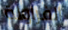
الفراولة